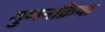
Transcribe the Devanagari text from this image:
गुणनक्रिया